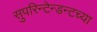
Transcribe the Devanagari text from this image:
सुपरिन्टेन्डन्टच्या